Scottish Leaving Certificate Examination, 1958
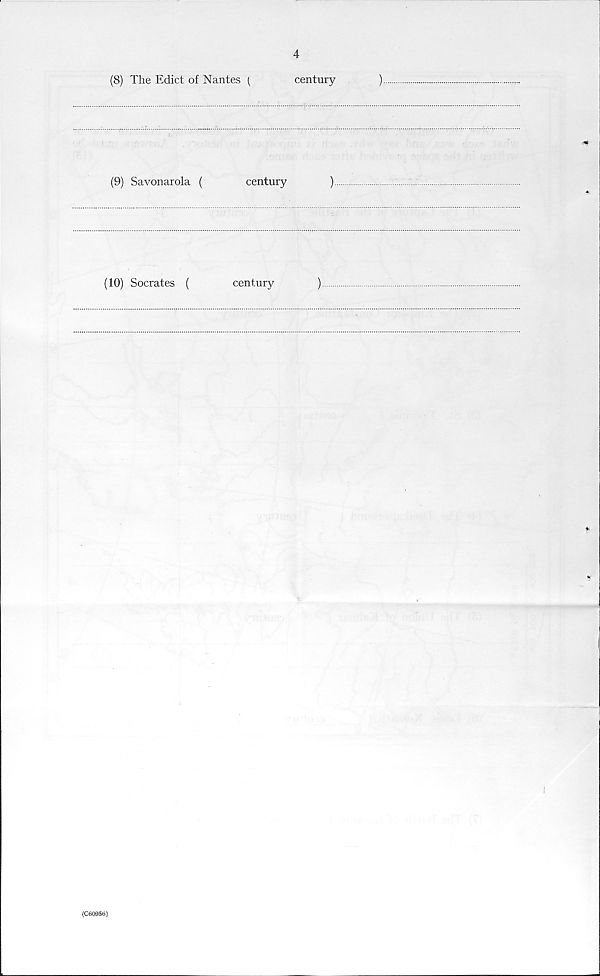
4
(8) The Edict of Nantes {
century
)
(9) Savonarola (
century
)
(10) Socrates (
century
)
(C60956)